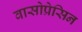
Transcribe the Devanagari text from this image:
वासोप्रेसिन